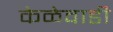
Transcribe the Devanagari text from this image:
केळेवाडी